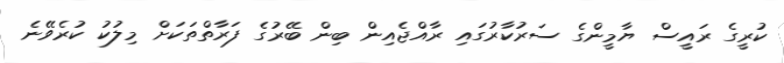
ކުރީގެ ރައީސް ޔާމީންގެ ސަރުކާރުގައި ރާއްޖެއިން ބިން ބޭރުގެ ފަރާތްތަކަށް މިލުކު ކުރެވޭނެ